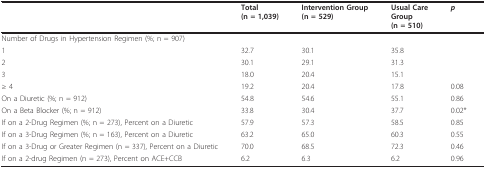
<table><thead><tr><td>[EMPTY_CELL]</td><td><b>Total(n = 1,039)</b></td><td><b>Intervention Group(n = 529)</b></td><td><b>Usual CareGroup(n = 510)</b></td><td><b><i>p</i></b></td></tr></thead><tbody><tr><td>Number of Drugs in Hypertension Regimen (%; n = 907)</td><td>[EMPTY_CELL]</td><td>[EMPTY_CELL]</td><td>[EMPTY_CELL]</td><td>[EMPTY_CELL]</td></tr><tr><td>1</td><td>32.7</td><td>30.1</td><td>35.8</td><td>[EMPTY_CELL]</td></tr><tr><td>2</td><td>30.1</td><td>29.1</td><td>31.3</td><td>[EMPTY_CELL]</td></tr><tr><td>3</td><td>18.0</td><td>20.4</td><td>15.1</td><td>[EMPTY_CELL]</td></tr><tr><td>≥ 4</td><td>19.2</td><td>20.4</td><td>17.8</td><td>0.08</td></tr><tr><td>On a Diuretic (%; n = 912)</td><td>54.8</td><td>54.6</td><td>55.1</td><td>0.86</td></tr><tr><td>On a Beta Blocker (%; n = 912)</td><td>33.8</td><td>30.4</td><td>37.7</td><td>0.02*</td></tr><tr><td>If on a 2-Drug Regimen (%; n = 273), Percent on a Diuretic</td><td>57.9</td><td>57.3</td><td>58.5</td><td>0.85</td></tr><tr><td>If on a 3-Drug Regimen (%; n = 163), Percent on a Diuretic</td><td>63.2</td><td>65.0</td><td>60.3</td><td>0.55</td></tr><tr><td>If on a 3-Drug or Greater Regimen (n = 337), Percent on a Diuretic</td><td>70.0</td><td>68.5</td><td>72.3</td><td>0.46</td></tr><tr><td>If on a 2-drug Regimen (n = 273), Percent on ACE+CCB</td><td>6.2</td><td>6.3</td><td>6.2</td><td>0.96</td></tr></tbody></table>